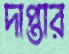
দাপ্তার